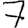
Digit: 7